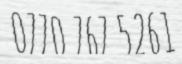
0770 767 5261